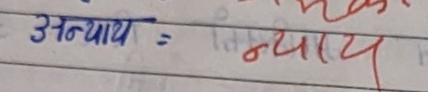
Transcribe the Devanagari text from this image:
अन्याय न्याय